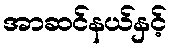
အာဆင်နယ်နှင့်